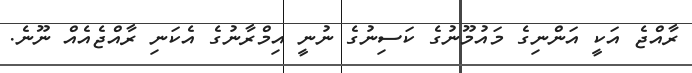
ރާއްޖެ އަކީ އަންނިގެ މައުމޫނުގެ ކަސިނުގެ ނުނީ އިމްރާނުގެ އެކަނި ރާއްޖެއެއް ނޫނެ.